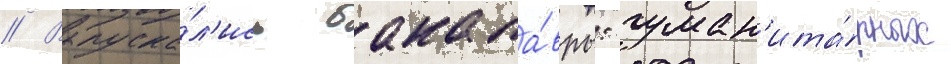
// Выпуска́л'ись бакала́вры: гуман'ита́рных